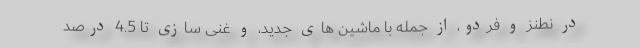
در نطنز و فردو، از جمله با ماشین های جدید، و غنی سازی تا 4.5 درصد